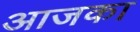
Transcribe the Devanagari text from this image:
आजका